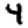
Digit: 4